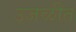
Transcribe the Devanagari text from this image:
उजळीत